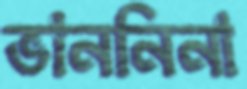
ভাননিনা